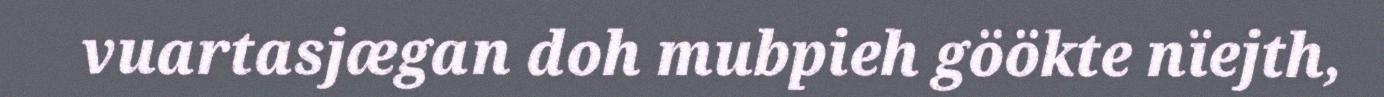
vuartasjægan doh mubpieh göökte nïejth,